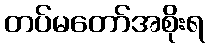
တပ်မတော်အစိုးရ